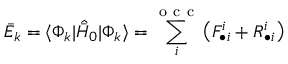
\bar { E } _ { k } = \langle \Phi _ { k } | \hat { \bar { H } } _ { 0 } | \Phi _ { k } \rangle = \sum _ { i } ^ { \mathrm { ~ o ~ c ~ c ~ } } \big ( F _ { \bullet i } ^ { i } + R _ { \bullet i } ^ { i } \big )